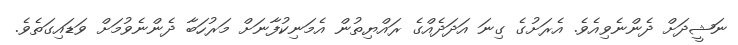
ނަޝީދަށް ދެންނެވިއެވެ. އެރަށުގެ ގިނަ އަދަދެއްގެ ރައްޔިތުން އެމަނިކުފާނަށް މަރުހަބާ ދެންނެވުމަށް ވަޑައިގަތެވެ.